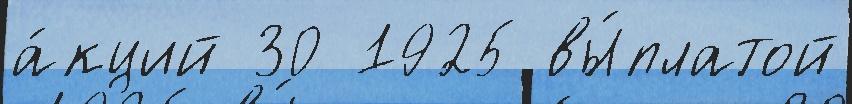
а́кций 30 1925 вы́платой